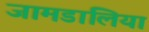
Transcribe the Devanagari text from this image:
जामडालिया